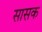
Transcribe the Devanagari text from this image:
सासक